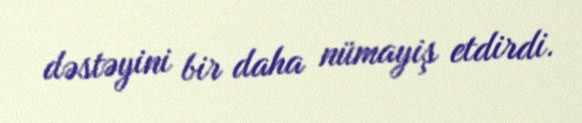
dəstəyini bir daha nümayiş etdirdi.